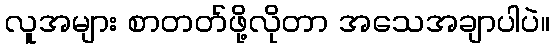
လူအများ စာတတ်ဖို့လိုတာ အသေအချာပါပဲ။